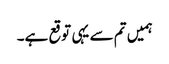
ہمیں تم سے یہی توقع ہے۔